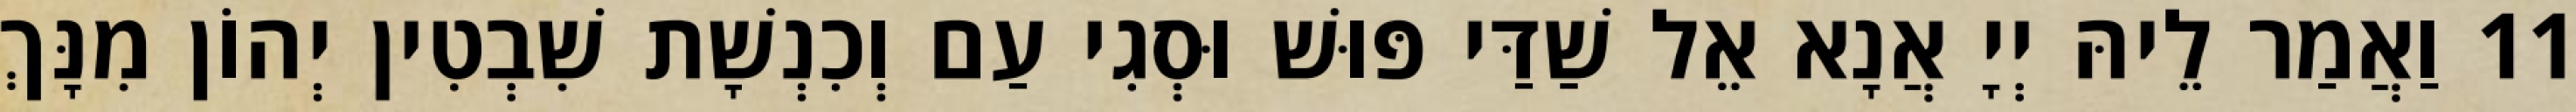
11 וַאֲמַר לֵיהּ יְיָ אֲנָא אֵל שַׁדַּי פּוּשׁ וּסְגִי עַם וְכִנְשָׁת שִׁבְטִין יְהוֹן מִנָּךְ